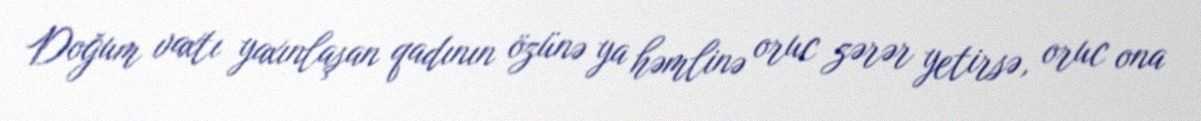
Doğum vaxtı yaxınlaşan qadının özünə ya həmlinə oruc zərər yetirsə, oruc ona